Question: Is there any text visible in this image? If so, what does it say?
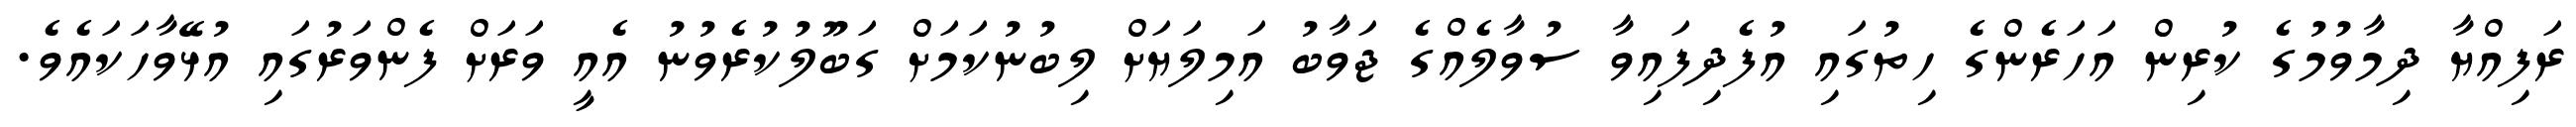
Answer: ރަފިއްޔާ ދިމާވުމުގެ ކުރިން އަހަރެންގެ ހިތުގައި އުފެދިފައިވާ ސުވާލެއްގެ ޖަވާބު އަމިލަޔަށް ލިބުނުކަމަށް ގަބޫލުކުރެވުނު އެއީ ވަރަށް ފެންވަރުގައި އުޅޭވާހަކައެވެ.